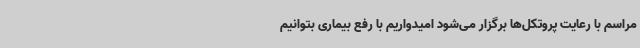
مراسم با رعایت پروتکل‌ها برگزار می‌شود امیدواریم با رفع بیماری بتوانیم